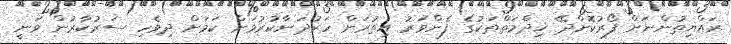
ރައްޔިތުންނަށް ފޯރުކޮށްދޭ ޚިދްމަތްތަކުގެ ފެންވަރު އިތުރަށް ހަރުދަނާކުރުމަށް ކަމަށް ދިވެހި ސަރުކާރުން ވަނީ